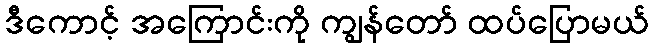
ဒီကောင့် အကြောင်းကို ကျွန်တော် ထပ်ပြောမယ်